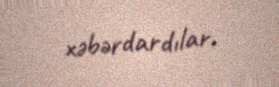
xəbərdardılar.